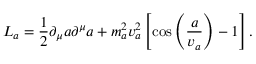
{ \cal L } _ { a } = \frac { 1 } { 2 } \partial _ { \mu } a \partial ^ { \mu } a + m _ { a } ^ { 2 } v _ { a } ^ { 2 } \left[ \cos \left( \frac { a } { v _ { a } } \right) - 1 \right] .